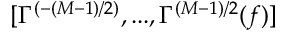
[ \Gamma ^ { ( - ( M { - } 1 ) / 2 ) } , . . . , \Gamma ^ { ( M { - } 1 ) / 2 } ( f ) ]